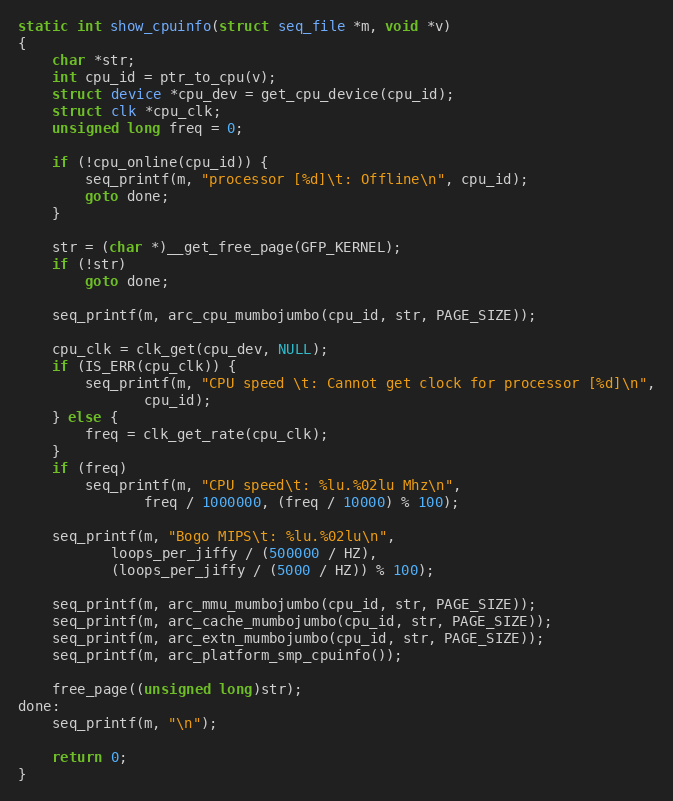
Language: C
static int show_cpuinfo(struct seq_file *m, void *v)
{
	char *str;
	int cpu_id = ptr_to_cpu(v);
	struct device *cpu_dev = get_cpu_device(cpu_id);
	struct clk *cpu_clk;
	unsigned long freq = 0;

	if (!cpu_online(cpu_id)) {
		seq_printf(m, "processor [%d]\t: Offline\n", cpu_id);
		goto done;
	}

	str = (char *)__get_free_page(GFP_KERNEL);
	if (!str)
		goto done;

	seq_printf(m, arc_cpu_mumbojumbo(cpu_id, str, PAGE_SIZE));

	cpu_clk = clk_get(cpu_dev, NULL);
	if (IS_ERR(cpu_clk)) {
		seq_printf(m, "CPU speed \t: Cannot get clock for processor [%d]\n",
			   cpu_id);
	} else {
		freq = clk_get_rate(cpu_clk);
	}
	if (freq)
		seq_printf(m, "CPU speed\t: %lu.%02lu Mhz\n",
			   freq / 1000000, (freq / 10000) % 100);

	seq_printf(m, "Bogo MIPS\t: %lu.%02lu\n",
		   loops_per_jiffy / (500000 / HZ),
		   (loops_per_jiffy / (5000 / HZ)) % 100);

	seq_printf(m, arc_mmu_mumbojumbo(cpu_id, str, PAGE_SIZE));
	seq_printf(m, arc_cache_mumbojumbo(cpu_id, str, PAGE_SIZE));
	seq_printf(m, arc_extn_mumbojumbo(cpu_id, str, PAGE_SIZE));
	seq_printf(m, arc_platform_smp_cpuinfo());

	free_page((unsigned long)str);
done:
	seq_printf(m, "\n");

	return 0;
}